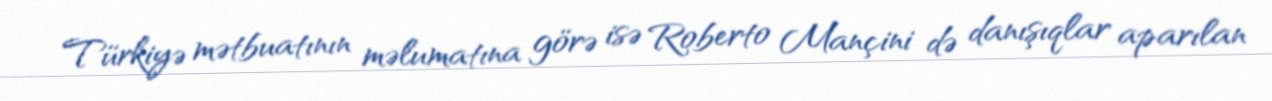
Türkiyə mətbuatının məlumatına görə isə Roberto Mançini də danışıqlar aparılan